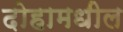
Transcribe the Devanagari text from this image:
दोहामधील